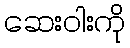
ဆေးဝါးကို